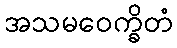
အသမဝေက္ခိတံ